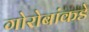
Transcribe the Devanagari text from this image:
गोरोबांकडे